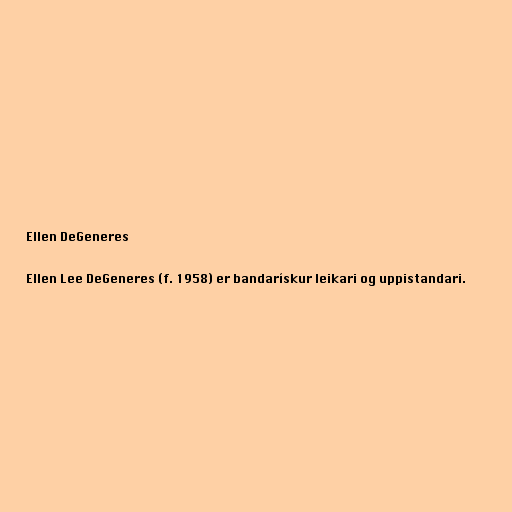
Ellen DeGeneres

Ellen Lee DeGeneres (f. 1958) er bandarískur leikari og uppistandari.